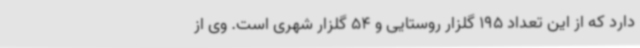
دارد که از این تعداد 195 گلزار روستایی و 54 گلزار شهری است. وی از